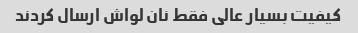
کیفیت بسیار عالی فقط نان لواش ارسال کردند